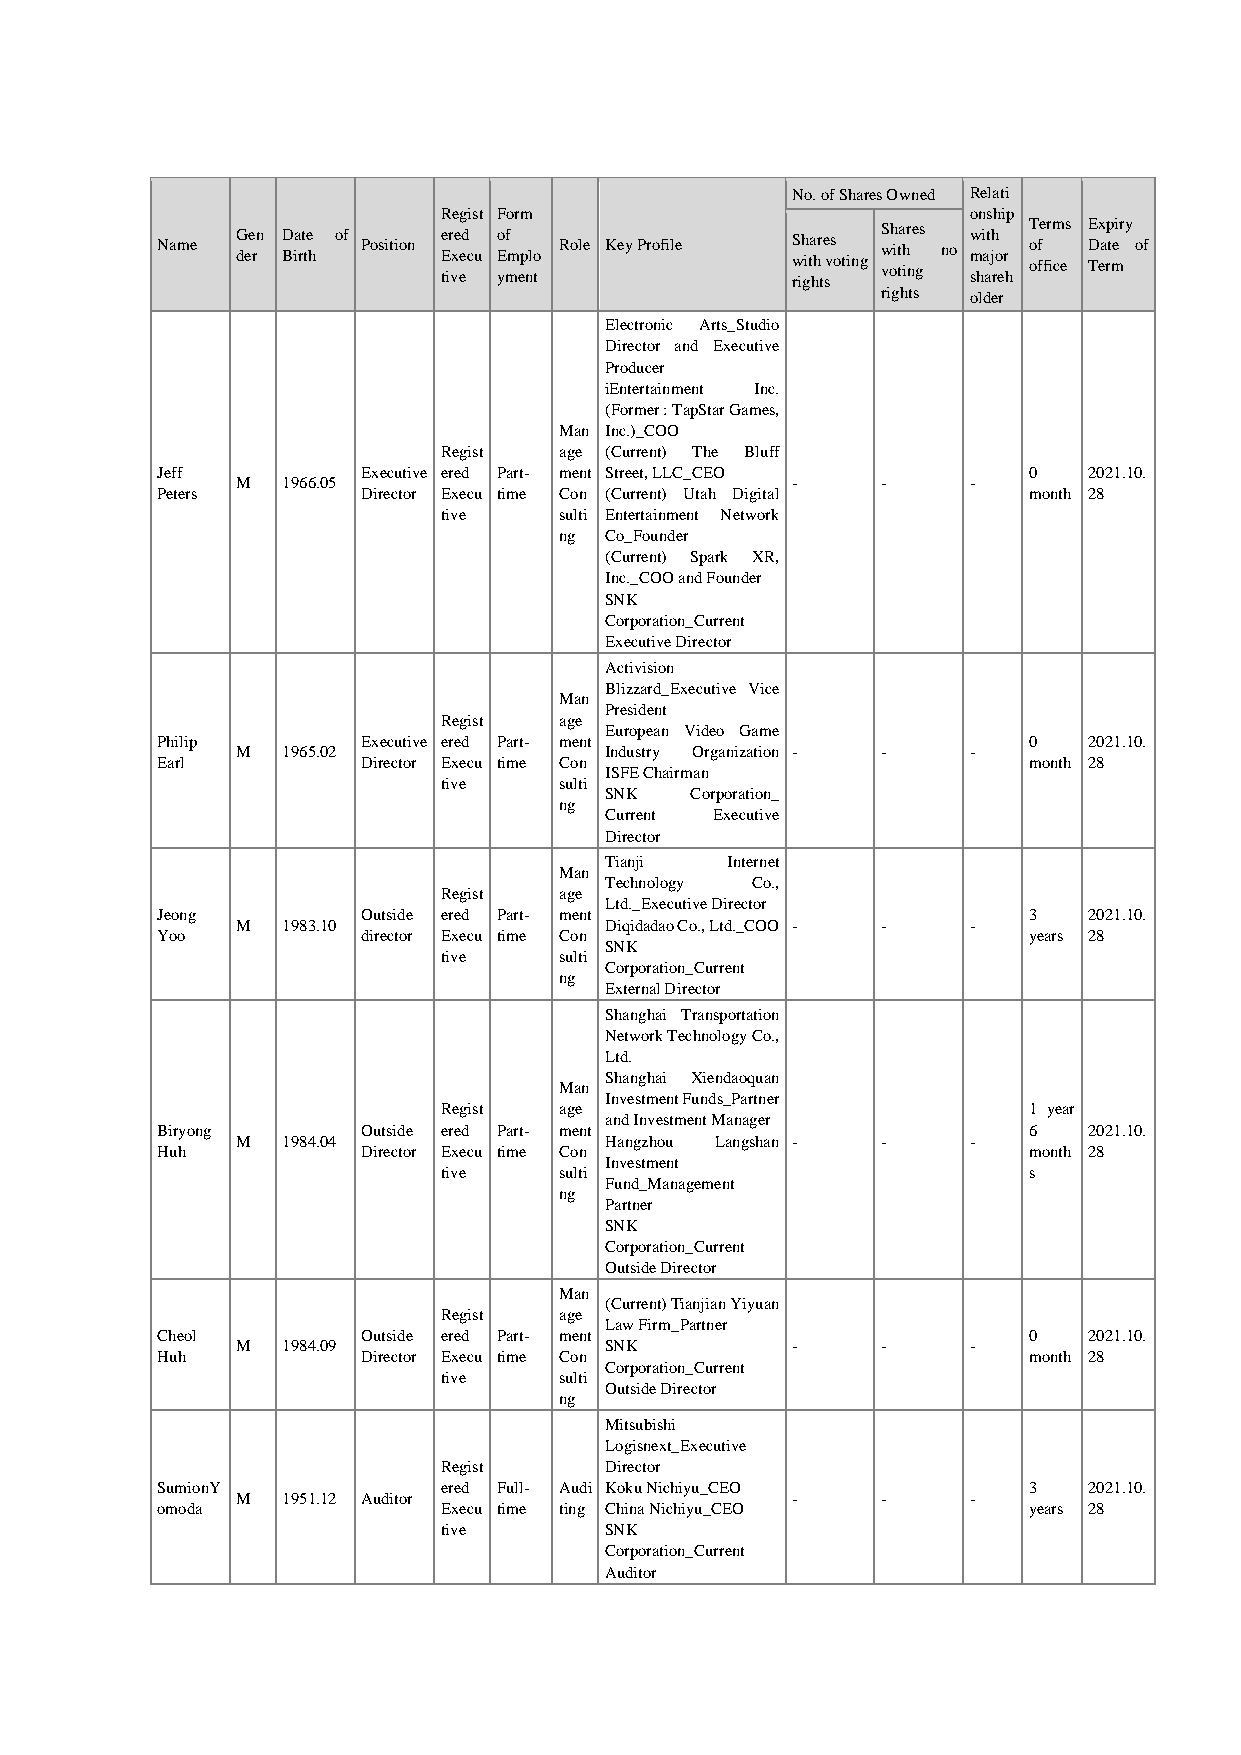
No. of Shares Owned Relati
 Regist Form                        onship
 Name  G dee rn D Bia rt te h of Position e E tir vxe eed c u o E yf mm ep nlo
 t
 Role Key Profile S w rih gita hhr
 t
 e svs o ting S w voh it ta h ir
 n
 e gs no w m shi a at jh ro
 e
 r
 h
 T o of fe fr im ces E D Tx ea rp t meir y of
 rights older
 Electronic Arts_Studio
 Director and Executive
 Producer
 iEntertainment Inc.
 (Former : TapStar Games,
 Man Inc.)_COO
 Regist  age (Current) The Bluff
 Jeff          Executive ered Part- ment Street, LLC_CEO   0   2021.10.
 M  1966.05                          -     -     -
 Peters        Director Execu time Con (Current) Utah Digital month 28
 tive    sulti Entertainment Network
 ng Co_Founder
 (Current) Spark XR,
 Inc._COO and Founder
 SNK
 Corporation_Current
 Executive Director
 Activision
 Blizzard_Executive Vice
 Man
 President
 Regist  age
 European Video Game
 Philip        Executive ered Part- ment                   0   2021.10.
 M  1965.02              Industry Organization - - -
 Earl          Director Execu time Con                     month 28
 ISFE Chairman
 tive    sulti
 SNK   Corporation_
 ng
 Current Executive
 Director
 Tianji  Internet
 Man
 Technology Co.,
 Regist  age
 Ltd._Executive Director
 Jeong         Outside ered Part- ment                     3   2021.10.
 M  1983.10              Diqidadao Co., Ltd._COO - - -
 Yoo           director Execu time Con                     years 28
 SNK
 tive    sulti
 Corporation_Current
 ng
 External Director
 Shanghai Transportation
 Network Technology Co.,
 Ltd.
 Shanghai Xiendaoquan
 Man
 Investment Funds_Partner
 Regist  age                            1 year
 and Investment Manager
 Biryong       Outside ered Part- ment                     6   2021.10.
 M  1984.04              Hangzhou Langshan - -   -
 Huh           Director Execu time Con                     month 28
 Investment
 tive    sulti                          s
 Fund_Management
 ng
 Partner
 SNK
 Corporation_Current
 Outside Director
 Man
 (Current) Tianjian Yiyuan
 Regist  age
 Law Firm_Partner
 Cheol         Outside ered Part- ment                     0   2021.10.
 M  1984.09              SNK         -     -     -
 Huh           Director Execu time Con                     month 28
 Corporation_Current
 tive    sulti
 Outside Director
 ng
 Mitsubishi
 Logisnext_Executive
 Regist     Director
 SumionY            ered Full- Audi Koku Nichiyu_CEO       3   2021.10.
 M  1951.12 Auditor                  -     -     -
 omoda              Execu time ting China Nichiyu_CEO      years 28
 tive       SNK
 Corporation_Current
 Auditor